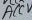
Text: ACCV